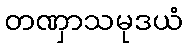
တဏှာသမုဒယံ